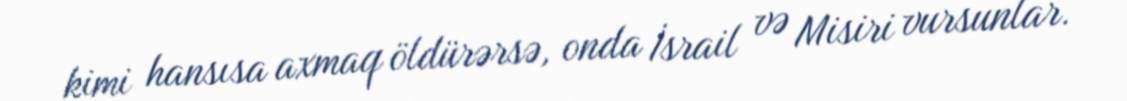
kimi hansısa axmaq öldürərsə, onda İsrail və Misiri vursunlar.